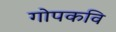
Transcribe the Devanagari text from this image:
गोपकवि